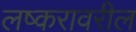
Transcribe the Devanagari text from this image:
लष्करावरील